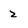
Character: 2